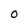
Character: 0